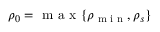
\rho _ { 0 } = \textnormal { m a x } \{ \rho _ { \textnormal { m i n } } , \rho _ { s } \}